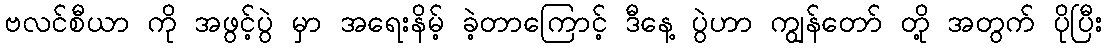
ဗလင်စီယာ ကို အဖွင့်ပွဲ မှာ အရေးနိမ့် ခဲ့တာကြောင့် ဒီနေ့ ပွဲဟာ ကျွန်တော် တို့ အတွက် ပိုပြီး